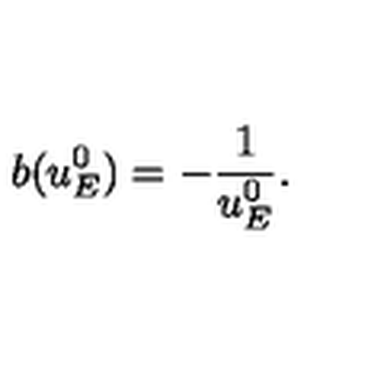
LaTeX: b ( u _ { E } ^ { 0 } ) = - \frac { 1 } { u _ { E } ^ { 0 } } .